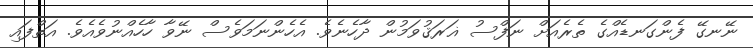
ނޭނގޭ ފެންގަނޑެއްގެ ތެރެއަށް ނަފްސު ޣަރަޤުވަމުން ދާހެނެވެ. އެހެންނަމަވެސް ނޭވާ ހާހެއްނުވެއެވެ. އަތްފައި